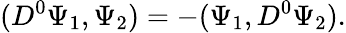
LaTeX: (D^{0}\Psi_{1},\Psi_{2})=-(\Psi_{1},D^{0}\Psi_{2}).